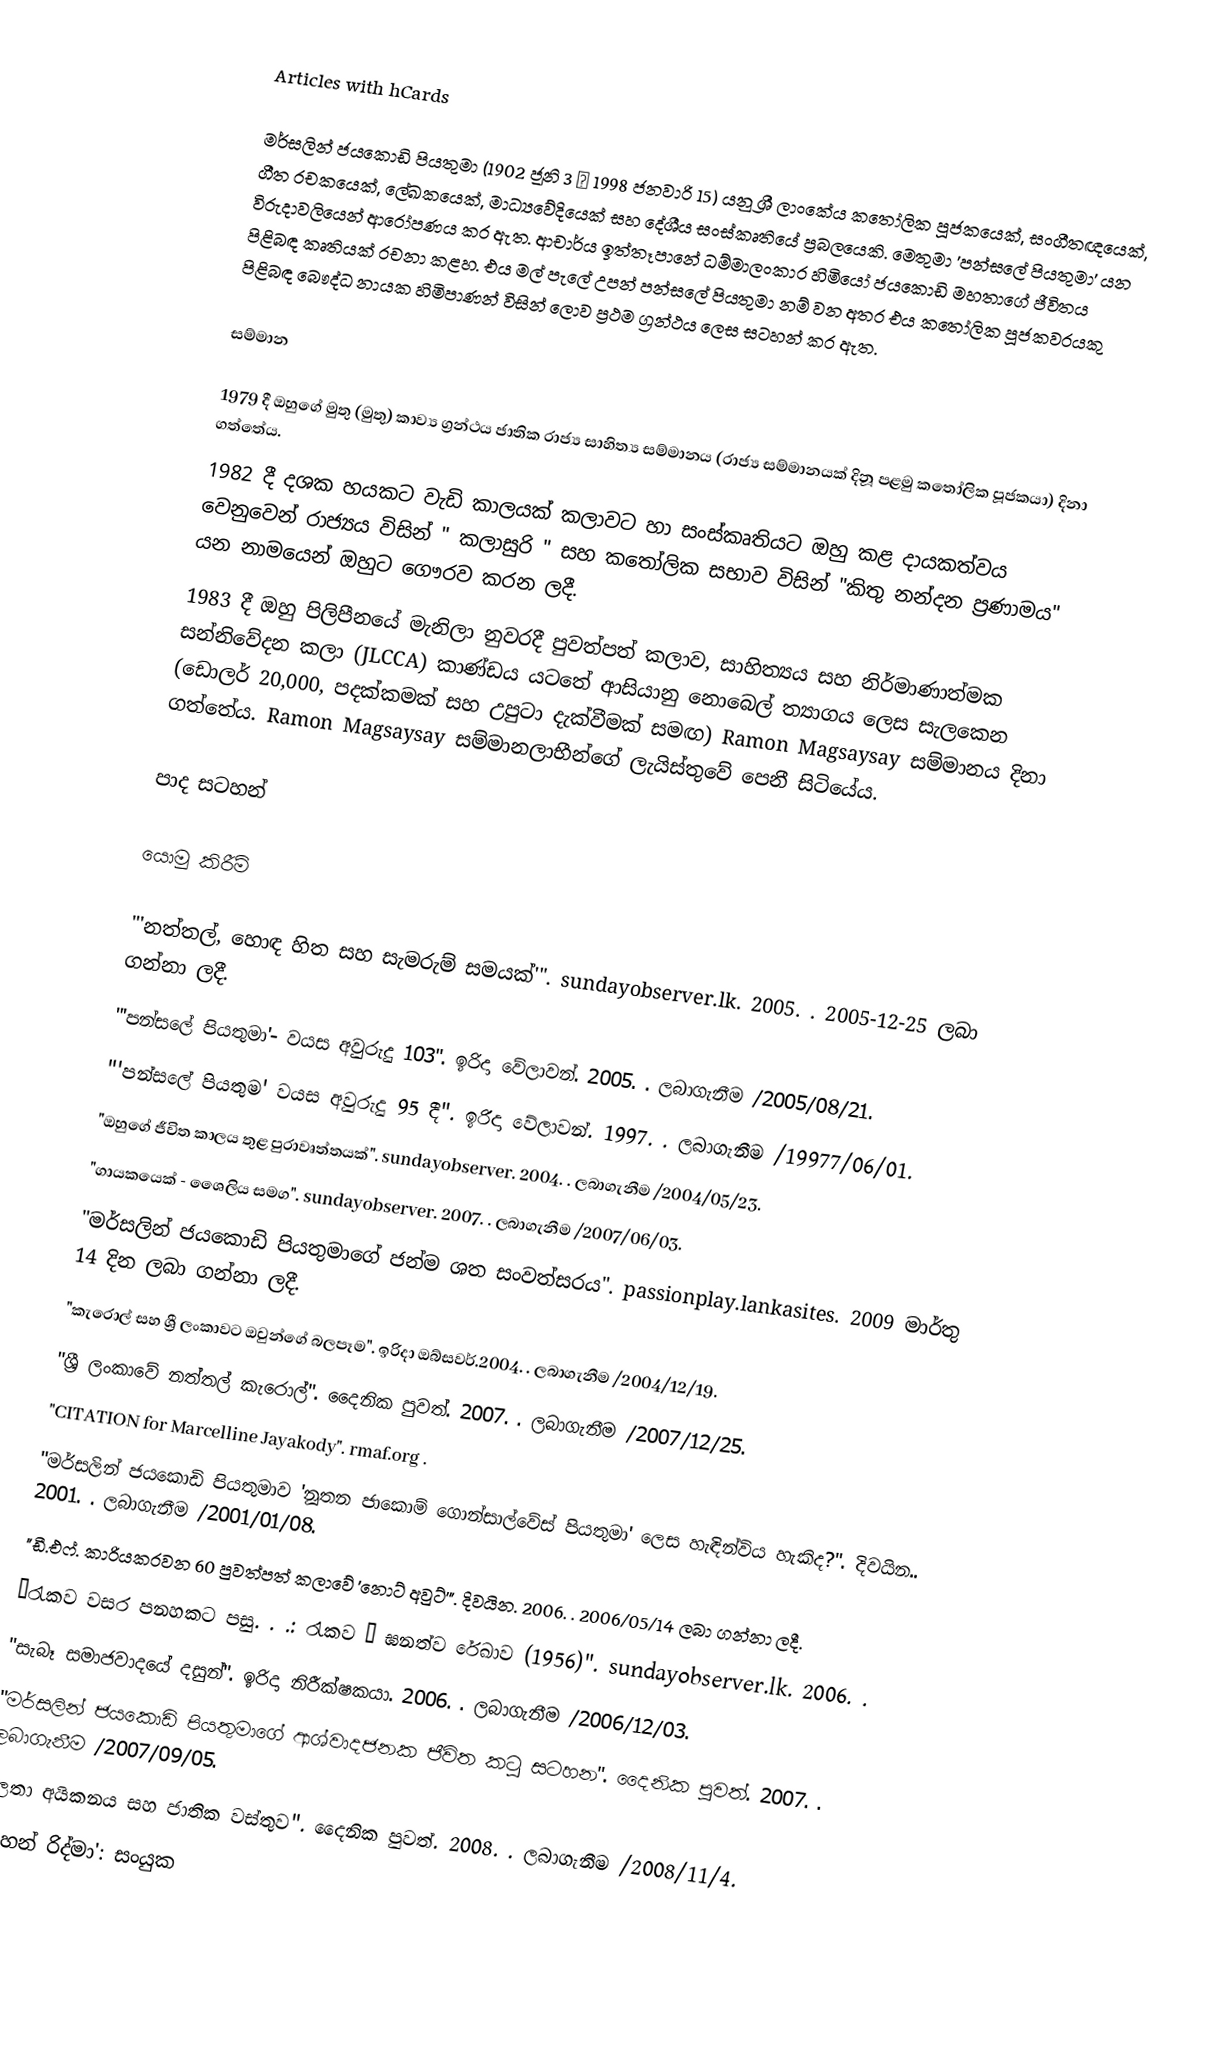
Articles with hCards

මර්සලින් ජයකොඩි පියතුමා (1902 ජූනි 3 ─ 1998 ජනවාරි 15) යනු ශ්‍රී ලාංකේය කතෝලික පූජකයෙක්, සංගීතඥයෙක්, ගීත රචකයෙක්, ලේඛකයෙක්, මාධ්‍යවේදියෙක්  සහ දේශීය සංස්කෘතියේ ප්‍රබලයෙකි. මෙතුමා 'පන්සලේ පියතුමා' යන විරුදාවලියෙන් ආරෝපණය කර ඇත. ආචාර්ය ඉත්තෑපානේ ධම්මාලංකාර හිමියෝ ජයකොඩි මහතාගේ ජීවිතය පිළිබඳ කෘතියක් රචනා කළහ. එය මල් පැලේ උපන් පන්සලේ පියතුමා නම් වන අතර එය කතෝලික පූජකවරයකු පිළිබඳ බෞද්ධ නායක හිමිපාණන් විසින් ලොව ප්‍රථම ග්‍රන්ථය ලෙස සටහන් කර ඇත.

සම්මාන

 1979 දී ඔහුගේ මුතු (මුතු) කාව්‍ය ග්‍රන්ථය ජාතික රාජ්‍ය සාහිත්‍ය සම්මානය (රාජ්‍ය සම්මානයක් දිනූ පළමු කතෝලික පූජකයා) දිනා ගත්තේය.
 1982 දී දශක හයකට වැඩි කාලයක් කලාවට හා සංස්කෘතියට ඔහු කළ දායකත්වය වෙනුවෙන් රාජ්‍යය විසින් " කලාසුරි " සහ කතෝලික සභාව විසින් "කිතු නන්දන ප්‍රණාමය" යන නාමයෙන් ඔහුට ගෞරව කරන ලදී.
 1983 දී ඔහු පිලිපීනයේ මැනිලා නුවරදී පුවත්පත් කලාව, සාහිත්‍යය සහ නිර්මාණාත්මක සන්නිවේදන කලා (JLCCA) කාණ්ඩය යටතේ ආසියානු නොබෙල් ත්‍යාගය ලෙස සැලකෙන (ඩොලර් 20,000, පදක්කමක් සහ උපුටා දැක්වීමක් සමඟ) Ramon Magsaysay සම්මානය දිනා ගත්තේය. Ramon Magsaysay සම්මානලාභීන්ගේ ලැයිස්තුවේ පෙනී සිටියේය.

පාද සටහන්

යොමු කිරීම්

 "'නත්තල්, හොඳ හිත සහ සැමරුම් සමයක්'". sundayobserver.lk. 2005.  . 2005-12-25 ලබා ගන්නා ලදී.
 "'පන්සලේ පියතුමා'- වයස අවුරුදු 103". ඉරිදා වේලාවන්. 2005.  . ලබාගැනීම /2005/08/21.
 "'පන්සලේ පියතුම' වයස අවුරුදු 95 දී". ඉරිදා වේලාවන්. 1997.  . ලබාගැනීම /19977/06/01.
 "ඔහුගේ ජීවිත කාලය තුළ පුරාවෘත්තයක්". sundayobserver. 2004.  . ලබාගැනීම /2004/05/23.
 "ගායකයෙක් - ශෛලිය සමග". sundayobserver. 2007.  . ලබාගැනීම /2007/06/03.
 "මර්සලින් ජයකොඩි පියතුමාගේ ජන්ම ශත සංවත්සරය". passionplay.lankasites.  2009 මාර්තු 14 දින ලබා ගන්නා ලදී.
 "කැරොල් සහ ශ්‍රී ලංකාවට ඔවුන්ගේ බලපෑම". ඉරිදා ඔබ්සවර්.2004.  . ලබාගැනීම /2004/12/19.
 "ශ්‍රී ලංකාවේ නත්තල් කැරොල්". දෛනික පුවත්. 2007.  . ලබාගැනීම /2007/12/25.
 "CITATION for Marcelline Jayakody". rmaf.org  .
 "මර්සලින් ජයකොඩි පියතුමාව 'නූතන ජාකොම් ගොන්සාල්වේස් පියතුමා' ලෙස හැඳින්විය හැකිද?". දිවයින.. 2001.  . ලබාගැනීම /2001/01/08.
 "ඩී.එෆ්. කාරියකරවන 60 පුවත්පත් කලාවේ 'නොට් අවුට්'". දිවයින. 2006.  . 2006/05/14 ලබා ගන්නා ලදී.
 “රැකව වසර පනහකට පසු. . .: රැකව – ඝනත්ව රේඛාව (1956)". sundayobserver.lk. 2006.  .
 "සැබෑ සමාජවාදයේ දසුන්". ඉරිදා නිරීක්ෂකයා. 2006.  . ලබාගැනීම /2006/12/03.
 "මර්සලින් ජයකොඩි පියතුමාගේ ආශ්වාදජනක ජීවිත කටු සටහන". දෛනික පුවත්. 2007.  . ලබාගැනීම /2007/09/05.
 "ලතා අයිකනය සහ ජාතික වස්තුව". දෛනික පුවත්. 2008.  . ලබාගැනීම /2008/11/4.
 "පහන් රිද්මා': සංයුක